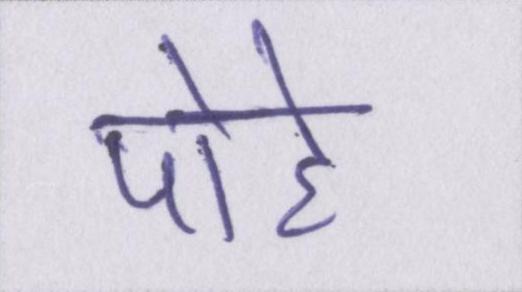
पोहे